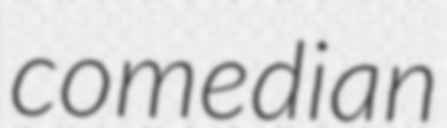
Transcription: comedian